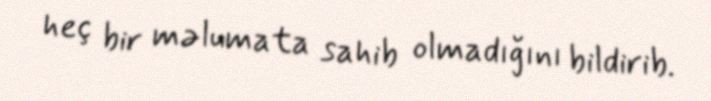
heç bir məlumata sahib olmadığını bildirib.